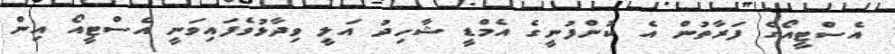
އެސްޓީއޯގެ ފަރާތުން އެ ކުންފުނީގެ އެމްޑީ ޝާހިދު އަލީ ވިދާޅުވެފައިވަނީ އެސްޓީއޯ އިން